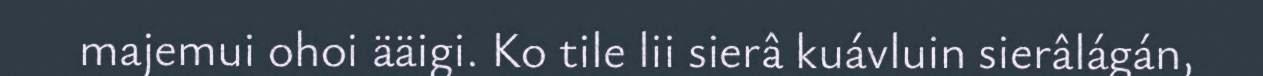
majemui ohoi ääigi. Ko tile lii sierâ kuávluin sierâlágán,